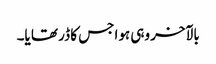
بالآخر وہی ہوا جس کا ڈر تھا یا۔